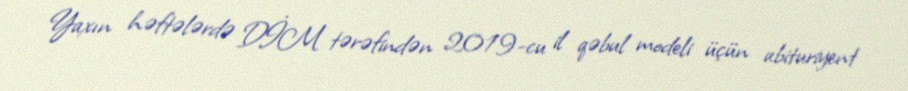
Yaxın həftələrdə DİM tərəfindən 2019-cu il qəbul modeli üçün abituriyent